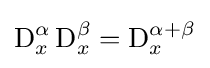
{\textstyle \operatorname {D} _{x}^{\alpha }\operatorname {D} _{x}^{\beta }=\operatorname {D} _{x}^{\alpha +\beta }}